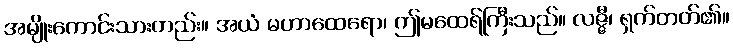
အမျိုးကောင်းသားတည်း။ အယံ မဟာထေရော၊ ဤမထေရ်ကြီးသည်။ လဇ္ဇီ၊ ရှက်တတ်၏။